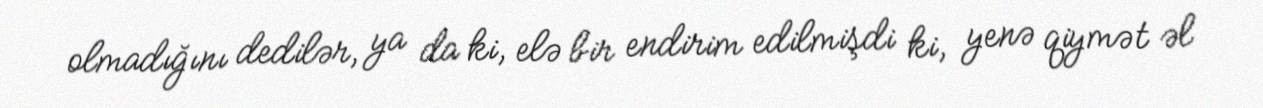
olmadığını dedilər, ya da ki, elə bir endirim edilmişdi ki, yenə qiymət əl